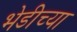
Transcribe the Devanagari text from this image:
भेडीच्या